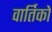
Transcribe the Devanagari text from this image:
वार्तिको